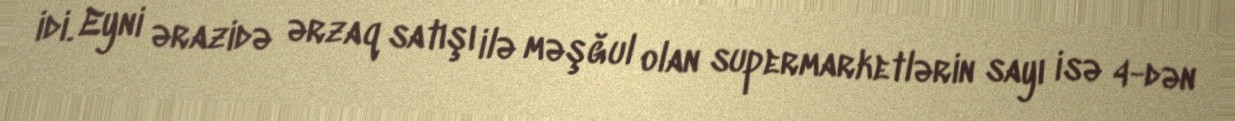
idi. Eyni ərazidə ərzaq satışı ilə məşğul olan supermarketlərin sayı isə 4-dən